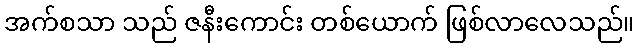
အက်စသာ သည် ဇနီးကောင်း တစ်ယောက် ဖြစ်လာလေသည်။